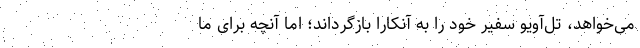
می‌خواهد، تل‌آویو سفیر خود را به آنکارا بازگرداند؛ اما آنچه برای ما